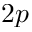
2 p